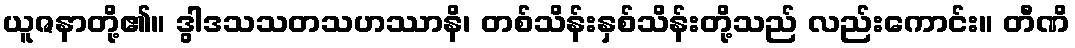
ယူဇနာတို့၏။ ဒွါဒသသတသဟဿာနိ၊ တစ်သိန်းနှစ်သိန်းတို့သည် လည်းကောင်း။ တီဏိ